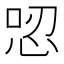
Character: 𢙟